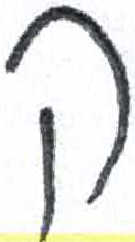
אות: ק